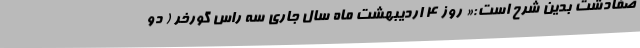
صفادشت بدین شرح است:« روز ۴ اردیبهشت ماه سال جاری سه راس گورخر ( دو